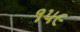
૧૫૯